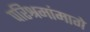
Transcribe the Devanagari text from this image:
परिश्रमांमागे